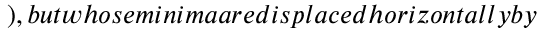
) , b u t w h o s e m i n i m a a r e d i s p l a c e d h o r i z o n t a l l y b y